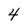
Character: 4